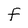
Character: f